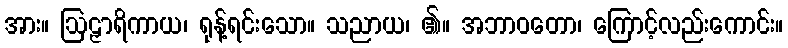
အား။ ဩဠှာရိကာယ၊ ရုန့်ရင်းသော။ သညာယ၊ ၏။ အဘာဝတော၊ ကြောင့်လည်းကောင်း။